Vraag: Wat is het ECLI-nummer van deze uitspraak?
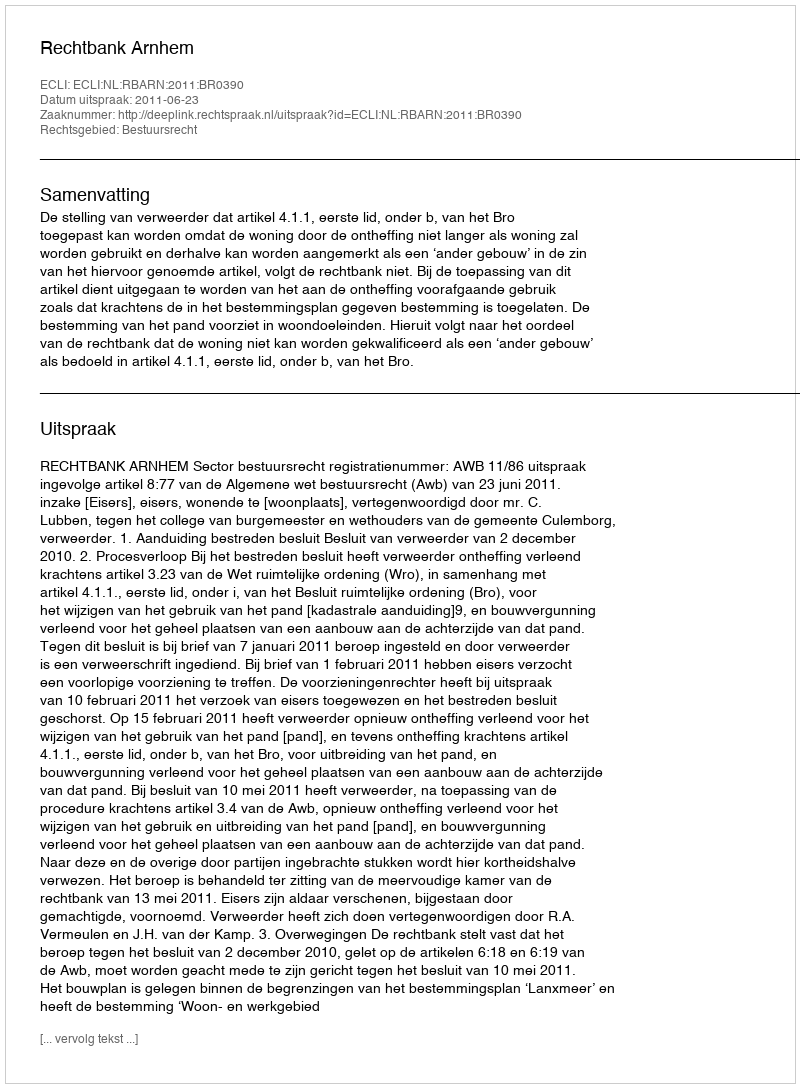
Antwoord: ECLI:NL:RBARN:2011:BR0390